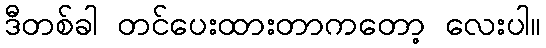
ဒီတစ်ခါ တင်ပေးထားတာကတော့ လေးပါ။